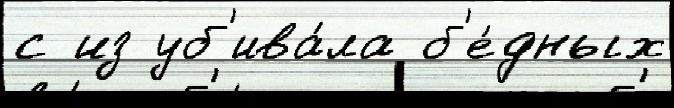
с из уб'ива́ла б'е́дных